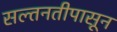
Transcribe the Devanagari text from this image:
सल्तनतीपासून